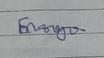
Signature authenticity: genuine